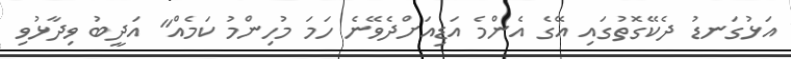
އަޅުގަނޑު ދެކޭގޮތުގައި އޭގެ އެންމެ އަޑިއަށްދެވޭނެ ހަމަ މުހިންމު ކަމެއް" އަދީބު ވިދާޅުވި